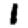
Digit: 1